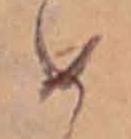
め